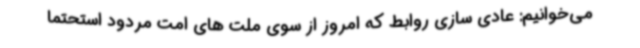
می‌خوانیم: عادی سازی روابط که امروز از سوی ملت های امت مردود استحتما